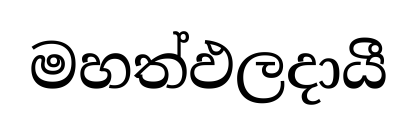
මහත්ඵලදායී